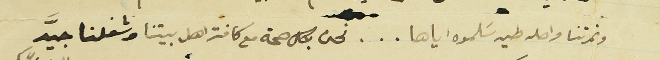
ونمرتنا واصله طيه سَلموه اياها... نحن بكل صحة مع كافة اهل بيتنا وشغلنا جيَّد